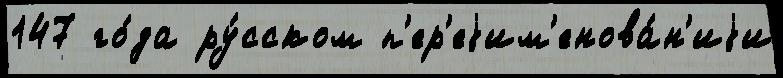
147 го́да ру́сском п'ер'еjим'енова́н'иjи